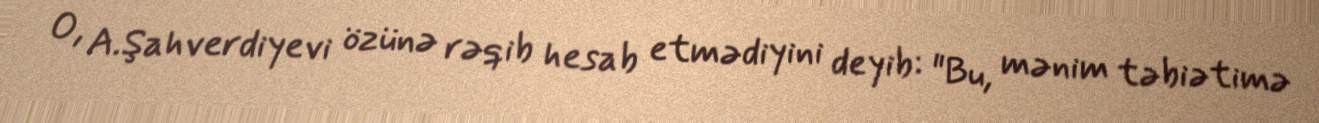
O, A.Şahverdiyevi özünə rəqib hesab etmədiyini deyib: "Bu, mənim təbiətimə